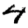
Digit: 4